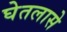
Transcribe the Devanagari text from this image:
घेतलासे